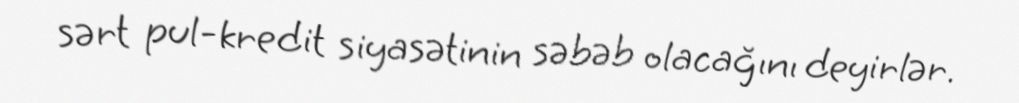
sərt pul-kredit siyasətinin səbəb olacağını deyirlər.